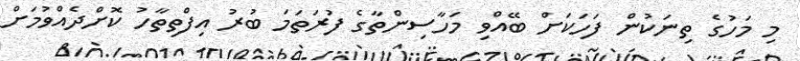
މި މަހުގެ ތިނަކުން ފަހަކަށް ބޭއްވި މަހާސިންތާގެ ފުރަތަމަ ބުރު އިފްތިތާހު ކޮށްދެއްވުމަށް